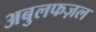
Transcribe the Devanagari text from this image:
अबुलफज़ल